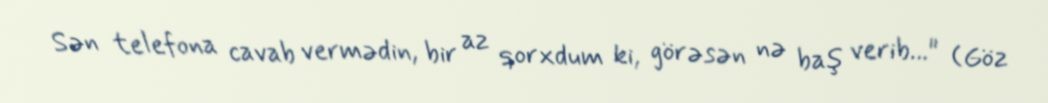
Sən telefona cavab vermədin, bir az qorxdum ki, görəsən nə baş verib..." (Göz